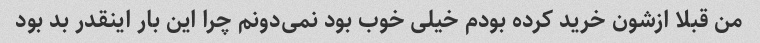
من قبلا ازشون خرید کرده بودم خیلی خوب بود نمی‌دونم چرا این بار اینقدر بد بود